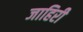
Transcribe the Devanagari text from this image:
जाहिरी